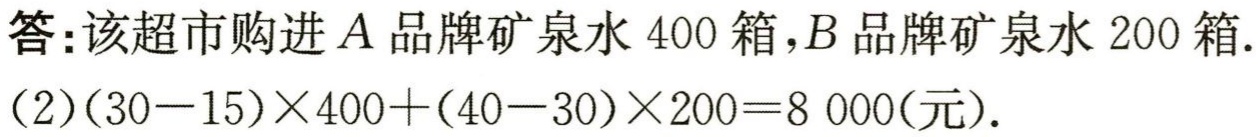
答：该超市购进\(A\)品牌矿泉水\(400\)箱，\(B\)品牌矿泉水\(200\)箱.

(2)\((30 - 15)\times400+(40 - 30)\times200 = 8000(\text{元})\).